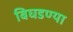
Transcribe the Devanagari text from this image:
बिघडण्या